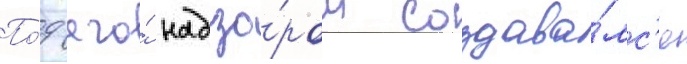
По́д его́ надзо́ром создава́лс'я